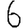
Digit: 6